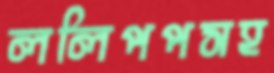
ললিপপসহ